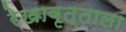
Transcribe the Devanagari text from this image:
रेखावृत्ताला